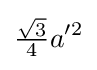
{\tfrac {\sqrt {3}}{4}}a'^{2}